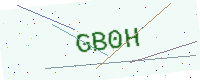
Text: GB0H